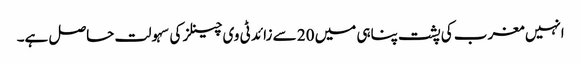
انہیں مغرب کی پشت پناہی میں 20 سے زائد ٹی وی چینلز کی سہولت حاصل ہے۔